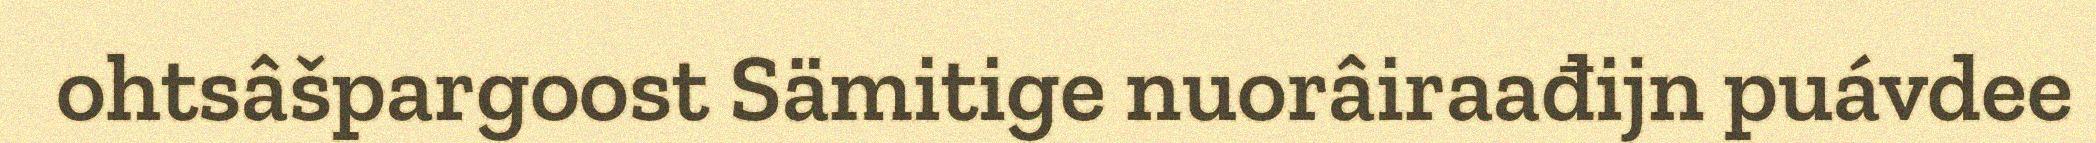
ohtsâšpargoost Sämitige nuorâiraađijn puávdee